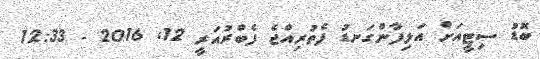
ބޮޑު ސިޓީއަށް އަލިފާންގަނޑު ފެތުރިއްޖެ ފެބްރުއަރީ 12